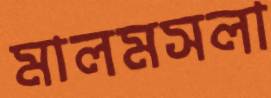
মালমসলা